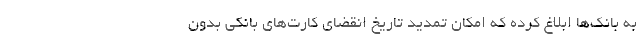
به بانک‌ها ابلاغ کرده که امکان تمدید تاریخ انقضای کارت‌های بانکی بدون